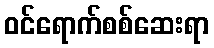
ဝင်ရောက်စစ်ဆေးရာ